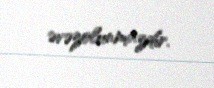
əvəzolunmazdır.